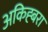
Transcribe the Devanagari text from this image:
अकिह्बरा